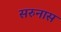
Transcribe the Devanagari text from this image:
सरुनास